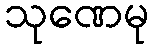
သုဏေမု